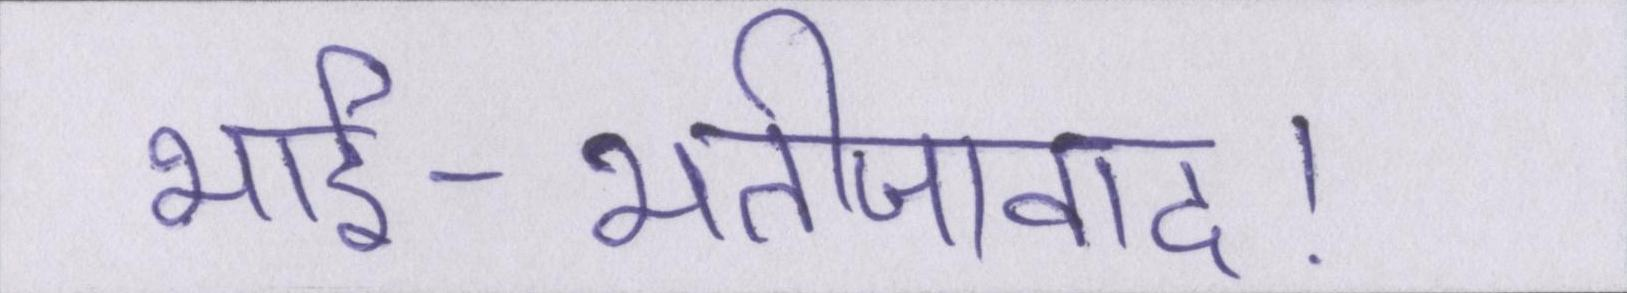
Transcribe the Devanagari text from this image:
भार्इ-भतीजावाद।